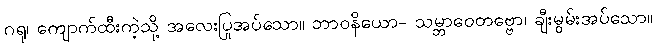
ဂရု၊ ကျောက်ထီးကဲ့သို့ အလေးပြုအပ်သော။ ဘာဝနိယော- သမ္ဘာဝေတဗ္ဗော၊ ချီးမွမ်းအပ်သော။